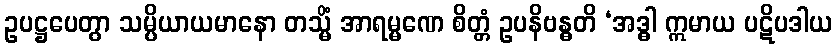
ဥပဋ္ဌပေတွာ သမ္ပိယာယမာနော တသ္မိံ အာရမ္မဏေ စိတ္တံ ဥပနိဗန္ဓတိ ‘အဒ္ဓါ ဣမာယ ပဋိပဒါယ